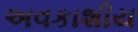
અવકાશીય